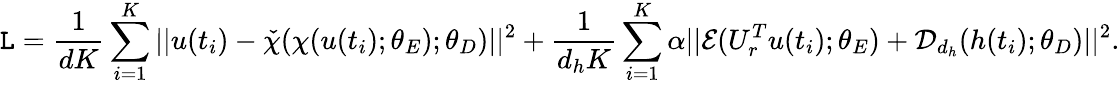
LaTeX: \mathtt{L}=\frac{{1}}{{dK}}\sum_{i=1}^{K}||u(t_{i})-\check{{\chi}}(\chi(u(t_{i});\theta_{E});\theta_{D})||^{2}+\frac{{1}}{{d_{h}K}}\sum_{i=1}^{K}\alpha||\mathcal{{E}}(U_{r}^{T}u(t_{i});\theta_{E})+\mathcal{{D}}_{d_{h}}(h(t_{i});\theta_{D})||^{2}.